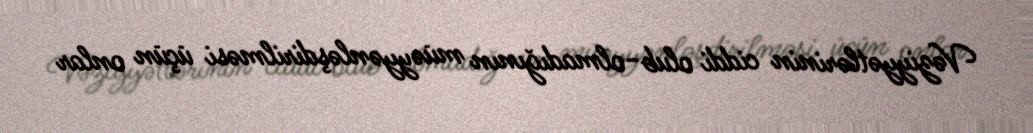
Vəziyyətlərinin ciddi olub-olmadığının müəyyənləşdirilməsi üçün onlar